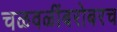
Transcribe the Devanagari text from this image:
चळवळींबरोबरच